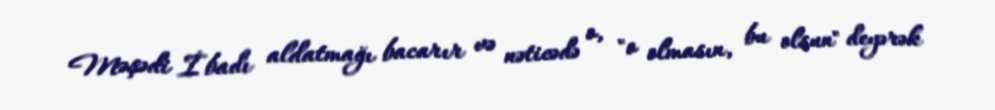
Məşədi İbadı aldatmağı bacarır və nəticədə o, "o olmasın, bu olsun" deyərək